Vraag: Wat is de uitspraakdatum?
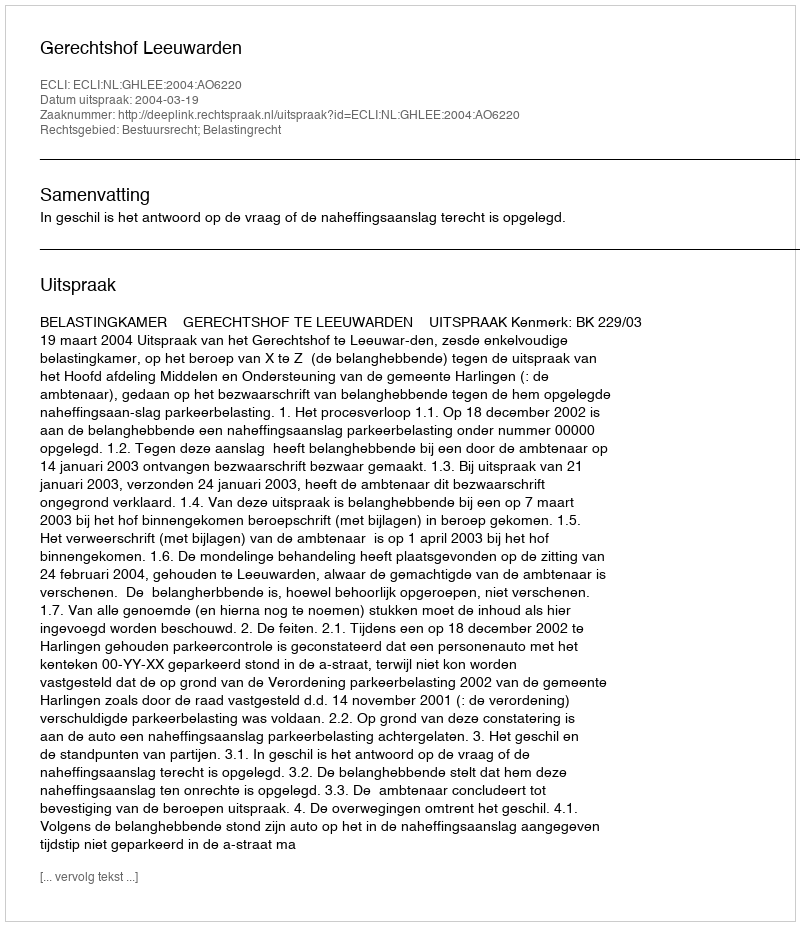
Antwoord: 2004-03-19